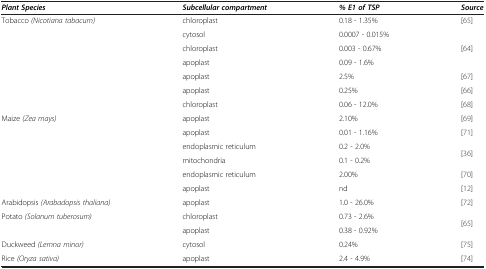
| Plant Species | Subcellular compartment | % E1 of TSP | Source |
 | --- | --- | --- | --- |
 | <ROWSPAN=7> Tobacco (Nicotiana tabacum) | chloroplast | 0.18 - 1.35% | [65] |
 | cytosol | 0.0007 - 0.015% | <ROWSPAN=3> [64] |
 | chloroplast | 0.003 - 0.67% |
 | apoplast | 0.09 - 1.6% |
 | apoplast | 2.5% | [67] |
 | apoplast | 0.25% | [66] |
 | chloroplast | 0.06 - 12.0% | [68] |
 | <ROWSPAN=6> Maize (Zea mays) | apoplast | 2.10% | [69] |
 | apoplast | 0.01 - 1.16% | [71] |
 | endoplasmic reticulum | 0.2 - 2.0% | <ROWSPAN=2> [36] |
 | mitochondria | 0.1 - 0.2% |
 | endoplasmic reticulum | 2.00% | [70] |
 | apoplast | nd | [12] |
 | Arabidopsis (Arabadopsis thaliana) | apoplast | 1.0 - 26.0% | [72] |
 | <ROWSPAN=2> Potato (Solanum tuberosum) | chloroplast | 0.73 - 2.6% | <ROWSPAN=2> [65] |
 | apoplast | 0.38 - 0.92% |
 | Duckweed (Lemna minor) | cytosol | 0.24% | [75] |
 | Rice (Oryza sativa) | apoplast | 2.4 - 4.9% | [74] |